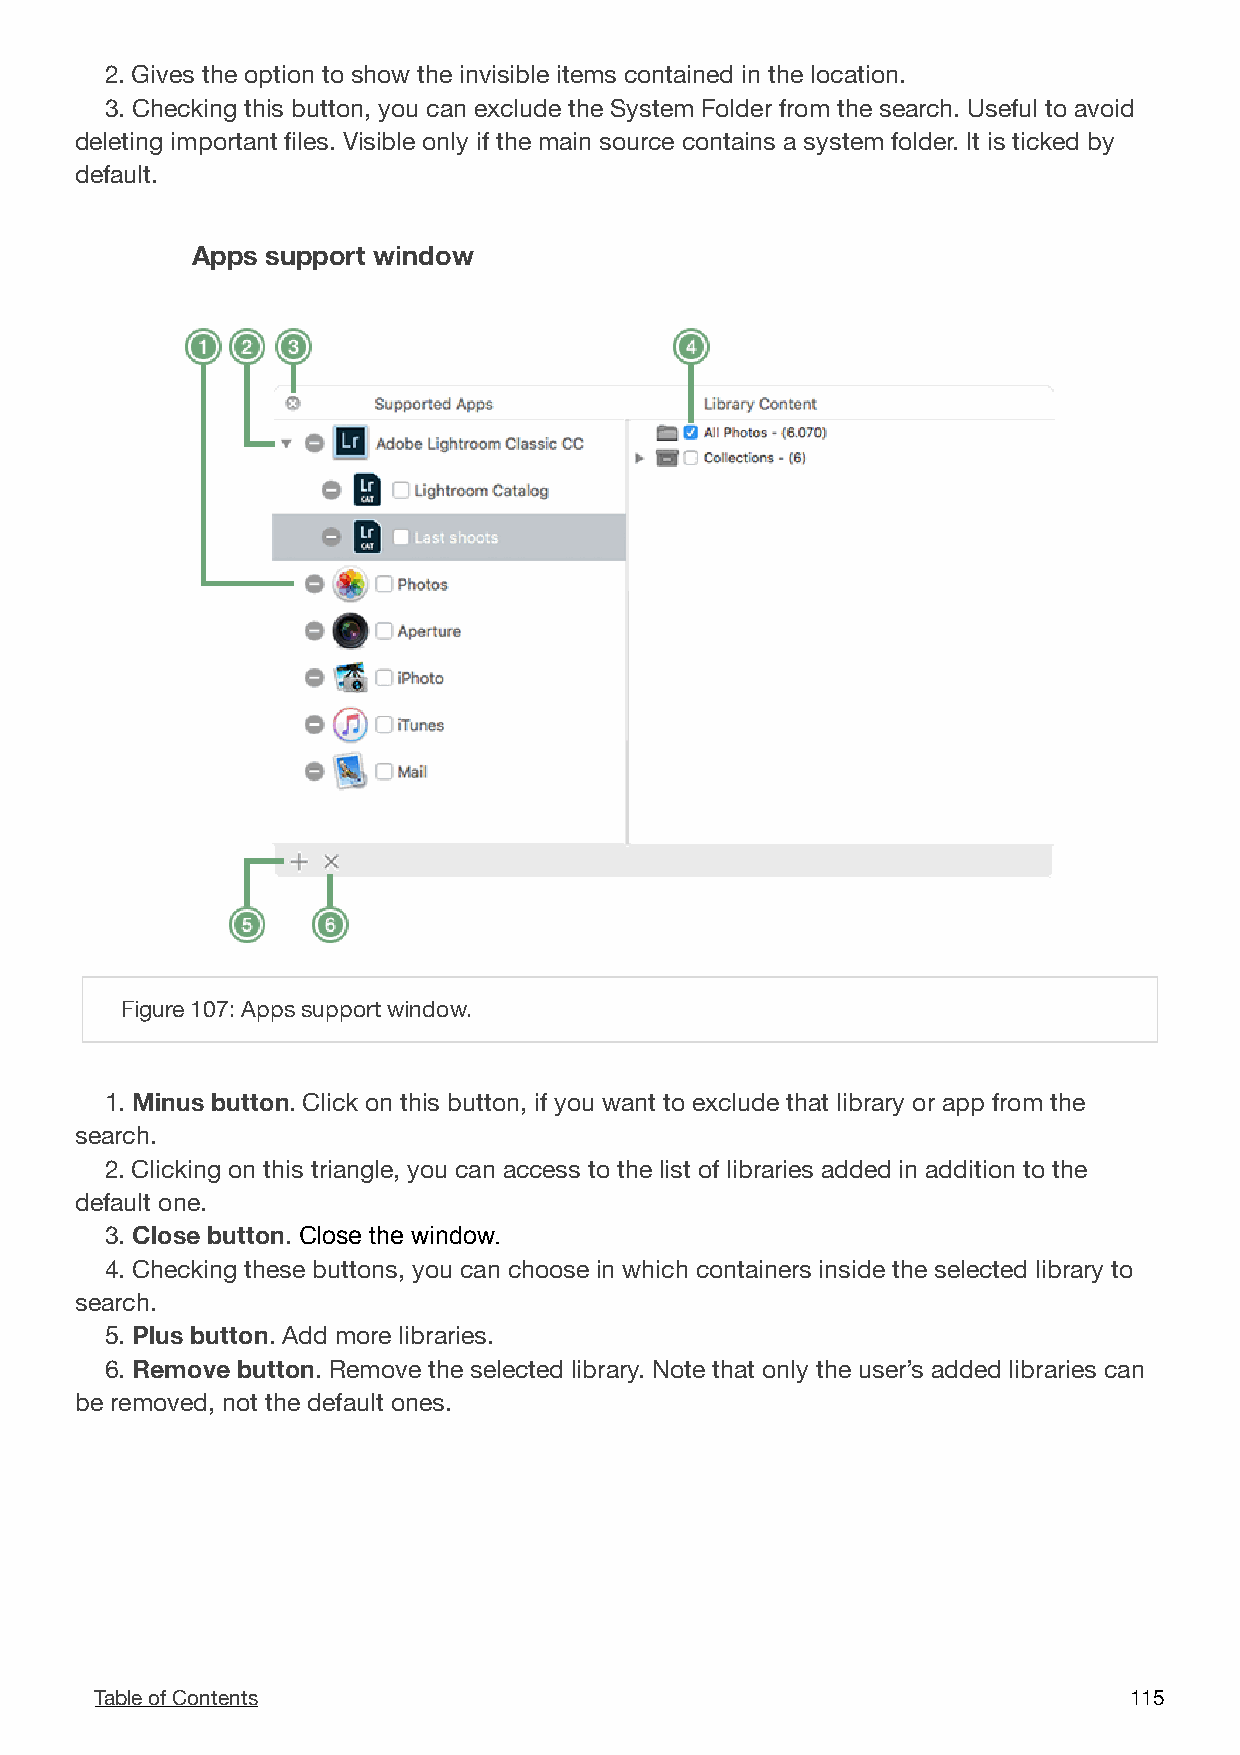
2. Gives the option to show the invisible items contained in the location.
 3. Checking this button, you can exclude the System Folder from the search. Useful to avoid
 deleting important files. Visible only if the main source contains a system folder. It is ticked by
 default.
 Apps support window

 Figure 107: Apps support window.
 1. Minus button. Click on this button, if you want to exclude that library or app from the
 search.
 2. Clicking on this triangle, you can access to the list of libraries added in addition to the
 default one.
 3. Close button. Close the window.
 4. Checking these buttons, you can choose in which containers inside the selected library to
 search.
 5. Plus button. Add more libraries.
 6. Remove button. Remove the selected library. Note that only the user’s added libraries can
 be removed, not the default ones.
 Table of Contents                                                    1 15